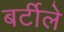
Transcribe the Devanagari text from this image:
बर्टीले